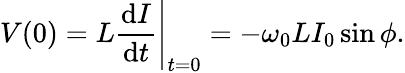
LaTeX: V(0)=L{\frac{\mathrm{d}I}{\mathrm{d}t}}{\Bigg|}_{t=0}=-\omega_{0}LI_{0}\sin\phi.